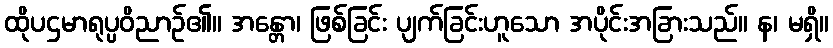
ထိုပဌမာရုပ္ပဝိညာဉ်၏။ အန္တော၊ ဖြစ်ခြင်း ပျက်ခြင်းဟူသော အပိုင်းအခြားသည်။ န၊ မရှိ။